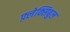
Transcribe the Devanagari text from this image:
फ़्लेक्सिबुल